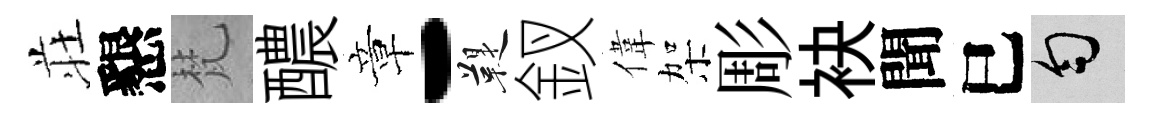
荘懇梵醲章-鞮釵偉架彫袂聞巳匀